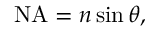
\mathrm { N A } = n \sin \theta ,